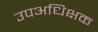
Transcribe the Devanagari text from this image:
उपअधिक्षक